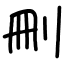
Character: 刪